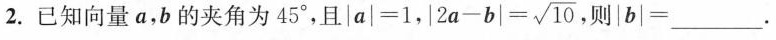
2. 已知向量a，b的夹角为45°，且$$| a | = 1$$，$$| 2 a - b |=\sqrt{ 10 }$$